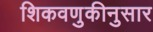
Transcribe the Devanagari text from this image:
शिकवणुकीनुसार